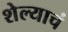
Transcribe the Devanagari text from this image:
शेल्याचं